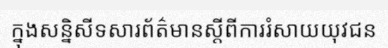
ក្នុងសន្និសីទសារព័ត៌មានស្តីពីការរំសាយយុវជន